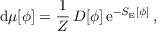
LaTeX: \mathrm { d } \mu [ \phi ] = \frac { 1 } { { \cal Z } } \, { \cal D } [ \phi ] \, \mathrm { e } ^ { - S _ { \mathrm { E } } [ \phi ] } \, ,